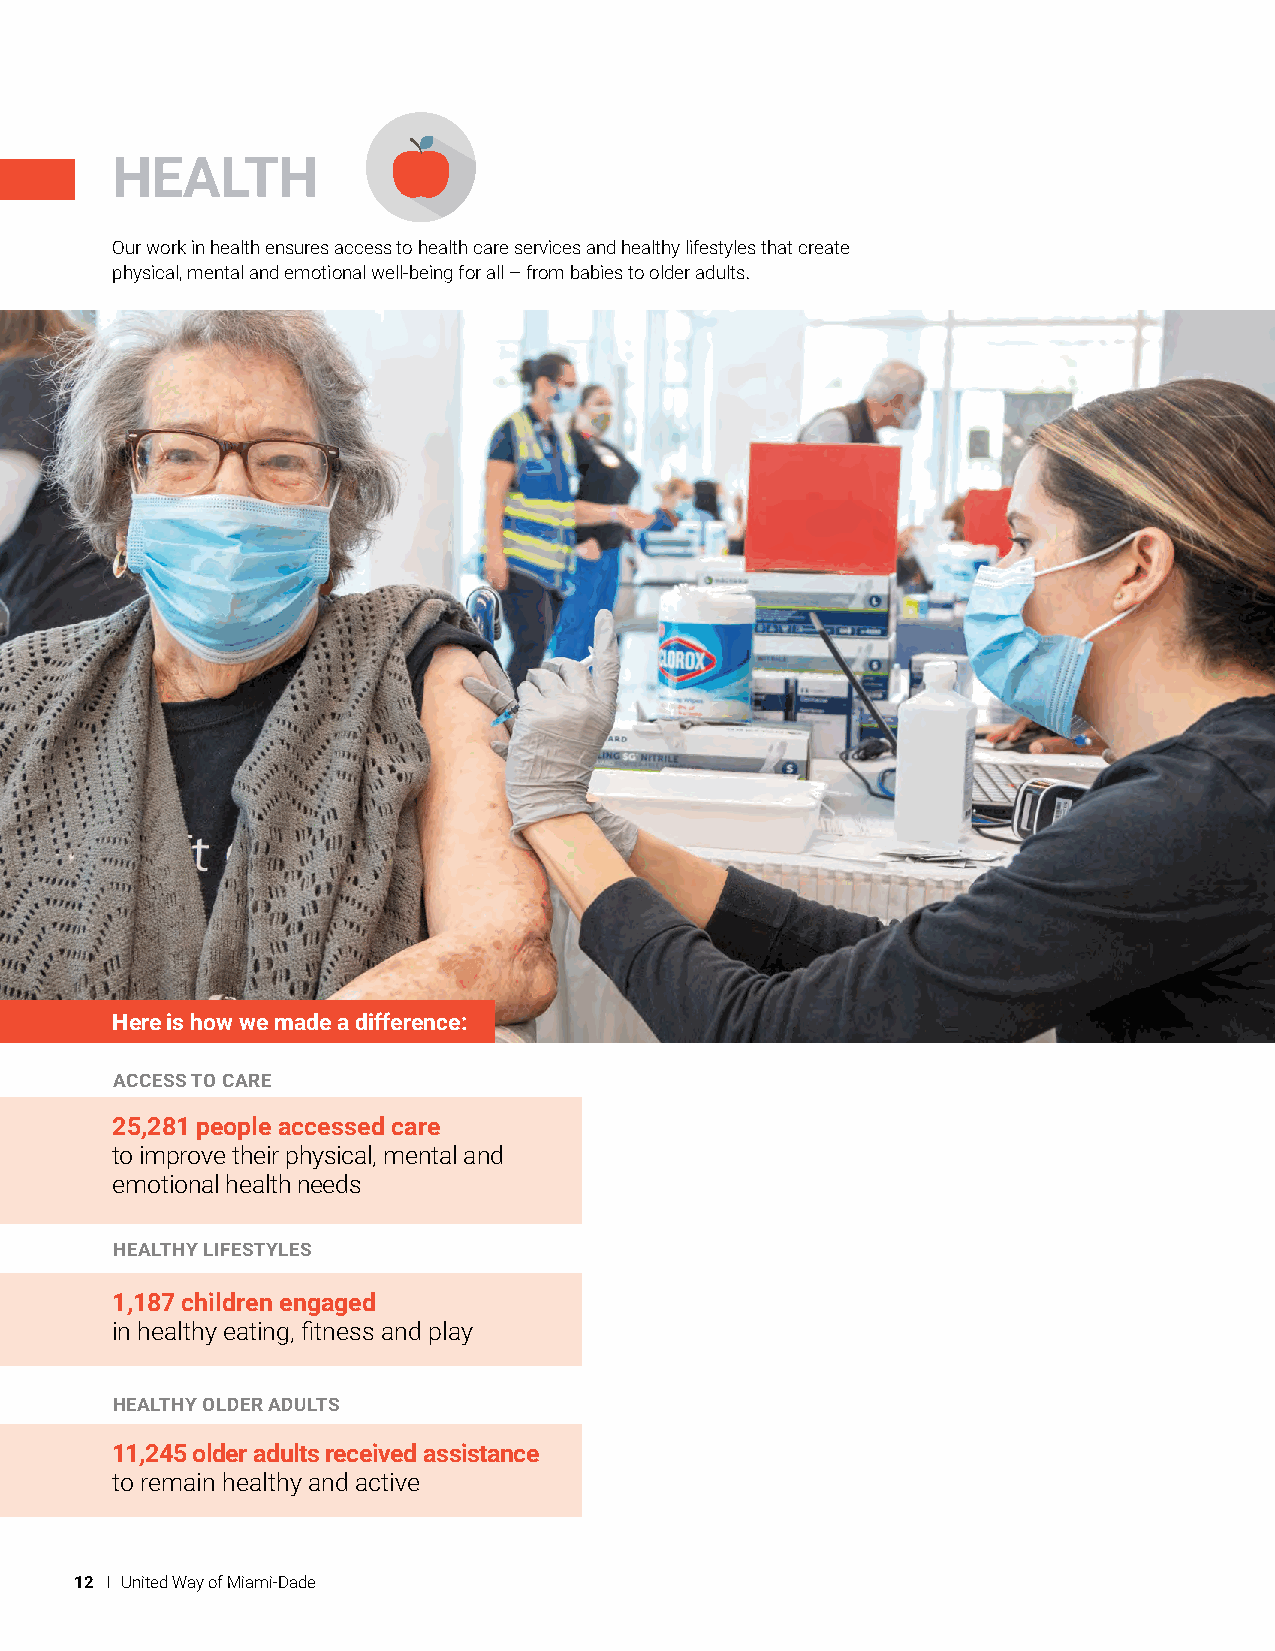
HEALTH
 Our work in health ensures access to health care services and healthy lifestyles that create
 physical, mental and emotional well-being for all – from babies to older adults.
 Here is how we made a difference:
 ACCESS TO CARE
 25,281 people accessed care
 to improve their physical, mental and
 emotional health needs
 HEALTHY LIFESTYLES
 1,187 children engaged
 in healthy eating, fitness and play
 HEALTHY OLDER ADULTS
 11,245 older adults received assistance
 to remain healthy and active
 12 I United Way of Miami-Dade